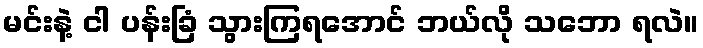
မင်းနဲ့ ငါ ပန်းခြံ သွားကြရအောင် ဘယ်လို သဘော ရလဲ။